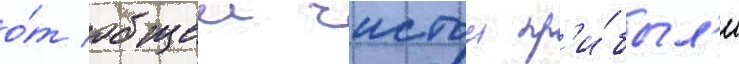
о́т общеи чистои пр'и́был'и